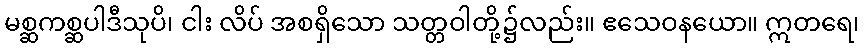
မစ္ဆကစ္ဆပါဒီသုပိ၊ ငါး လိပ် အစရှိသော သတ္တဝါတို့၌လည်း။ ဧသေဝနယော။ ဣတရေ၊